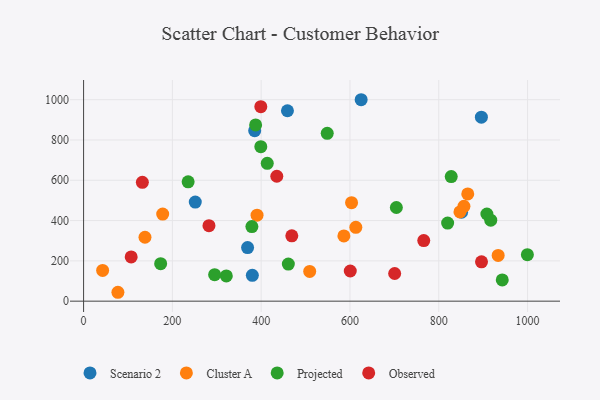
{"axis": {"x": "Study Hours", "y": "Exam Score"}, "legend": ["Cluster A", "Observed", "Projected", "Scenario 2"], "data": [{"x": "251.6", "y": 491.9, "type": "Scenario 2"}, {"x": "385.4", "y": 846.2, "type": "Scenario 2"}, {"x": "851.4", "y": 441.2, "type": "Scenario 2"}, {"x": "380.1", "y": 128.1, "type": "Scenario 2"}, {"x": "369.4", "y": 265.8, "type": "Scenario 2"}, {"x": "625.2", "y": 999.8, "type": "Scenario 2"}, {"x": "459.2", "y": 945.1, "type": "Scenario 2"}, {"x": "896.0", "y": 913.2, "type": "Scenario 2"}, {"x": "42.9", "y": 152.4, "type": "Cluster A"}, {"x": "603.6", "y": 489.0, "type": "Cluster A"}, {"x": "77.3", "y": 44.1, "type": "Cluster A"}, {"x": "856.7", "y": 470.9, "type": "Cluster A"}, {"x": "178.2", "y": 432.1, "type": "Cluster A"}, {"x": "138.3", "y": 317.2, "type": "Cluster A"}, {"x": "933.8", "y": 226.8, "type": "Cluster A"}, {"x": "586.3", "y": 323.9, "type": "Cluster A"}, {"x": "509.3", "y": 147.5, "type": "Cluster A"}, {"x": "390.7", "y": 426.7, "type": "Cluster A"}, {"x": "847.7", "y": 442.7, "type": "Cluster A"}, {"x": "865.3", "y": 532.3, "type": "Cluster A"}, {"x": "613.2", "y": 366.4, "type": "Cluster A"}, {"x": "379.1", "y": 370.2, "type": "Projected"}, {"x": "321.5", "y": 125.4, "type": "Projected"}, {"x": "235.5", "y": 592.2, "type": "Projected"}, {"x": "295.2", "y": 131.7, "type": "Projected"}, {"x": "387.5", "y": 874.9, "type": "Projected"}, {"x": "399.2", "y": 767.0, "type": "Projected"}, {"x": "461.2", "y": 184.3, "type": "Projected"}, {"x": "908.4", "y": 432.5, "type": "Projected"}, {"x": "820.0", "y": 387.6, "type": "Projected"}, {"x": "943.0", "y": 105.6, "type": "Projected"}, {"x": "999.6", "y": 230.5, "type": "Projected"}, {"x": "173.6", "y": 186.2, "type": "Projected"}, {"x": "548.8", "y": 833.0, "type": "Projected"}, {"x": "413.7", "y": 684.1, "type": "Projected"}, {"x": "828.1", "y": 618.2, "type": "Projected"}, {"x": "917.1", "y": 402.2, "type": "Projected"}, {"x": "704.5", "y": 464.9, "type": "Projected"}, {"x": "132.4", "y": 589.9, "type": "Observed"}, {"x": "469.0", "y": 324.5, "type": "Observed"}, {"x": "107.2", "y": 219.7, "type": "Observed"}, {"x": "896.3", "y": 195.2, "type": "Observed"}, {"x": "600.7", "y": 149.8, "type": "Observed"}, {"x": "700.7", "y": 137.3, "type": "Observed"}, {"x": "435.2", "y": 620.0, "type": "Observed"}, {"x": "399.2", "y": 965.4, "type": "Observed"}, {"x": "766.2", "y": 300.7, "type": "Observed"}, {"x": "282.4", "y": 374.9, "type": "Observed"}]}